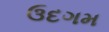
ઉદગમ